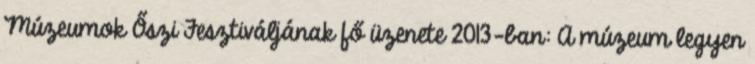
Múzeumok Őszi Fesztiváljának fő üzenete 2013-ban: A múzeum legyen